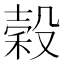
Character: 穀